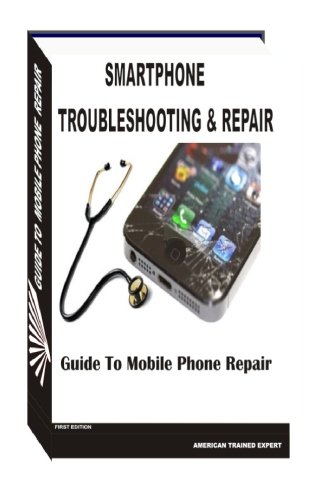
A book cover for Smartphone Troubleshooting & Repair; Mr Victor Emeka; Computers & Technology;